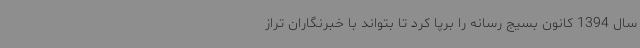
سال 1394 کانون بسیج رسانه را برپا کرد تا بتواند با خبرنگاران تراز